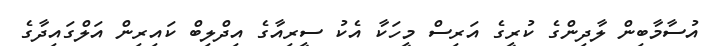
އުސާމާބިން ލާދިންގެ ކުރީގެ އަރިސް މީހަކާ އެކު ސީރިއާގެ އިދްލިބް ކައިރިން އަލްގައިދާގެ